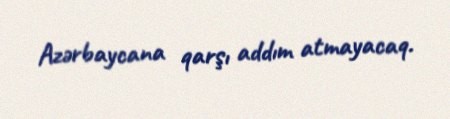
Azərbaycana qarşı addım atmayacaq.